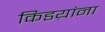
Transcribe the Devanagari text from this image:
किडय़ांना